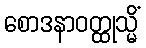
စောဒနာဝတ္ထုသ္မိံ